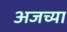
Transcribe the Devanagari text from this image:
अजच्या